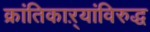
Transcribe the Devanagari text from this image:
क्रांतिकाऱ्यांविरुद्ध